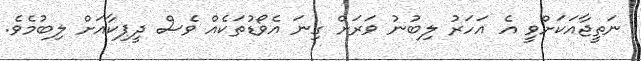
ނަތީޖާއަކަށްވީ އެ އަހަރު ލިބުނު ވަރަށް ގިނަ އެވޯޑުތަކެއް ވެސް ދީޕިކާއަށް ލިބުމެވެ.